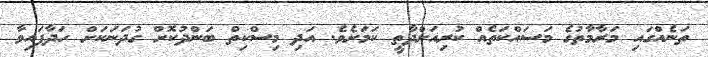
ތަނެއްގައި މަރާމާތުގެ މަސައްކަތެއް ކުރިއަށްދާތީ ކަމަށެވެ. އަދި މިސްކިތް ބަންދުކޮށް ގުދަނަކަށް ހަދާފައިވާ